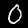
Digit: 0